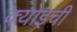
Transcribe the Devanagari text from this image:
क्योइची